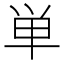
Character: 単